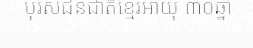
បុរសជនជាតិខ្មែរអាយុ ៣០ឆ្នាំ